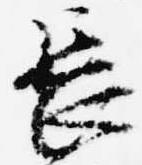
長